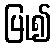
ပြု၍